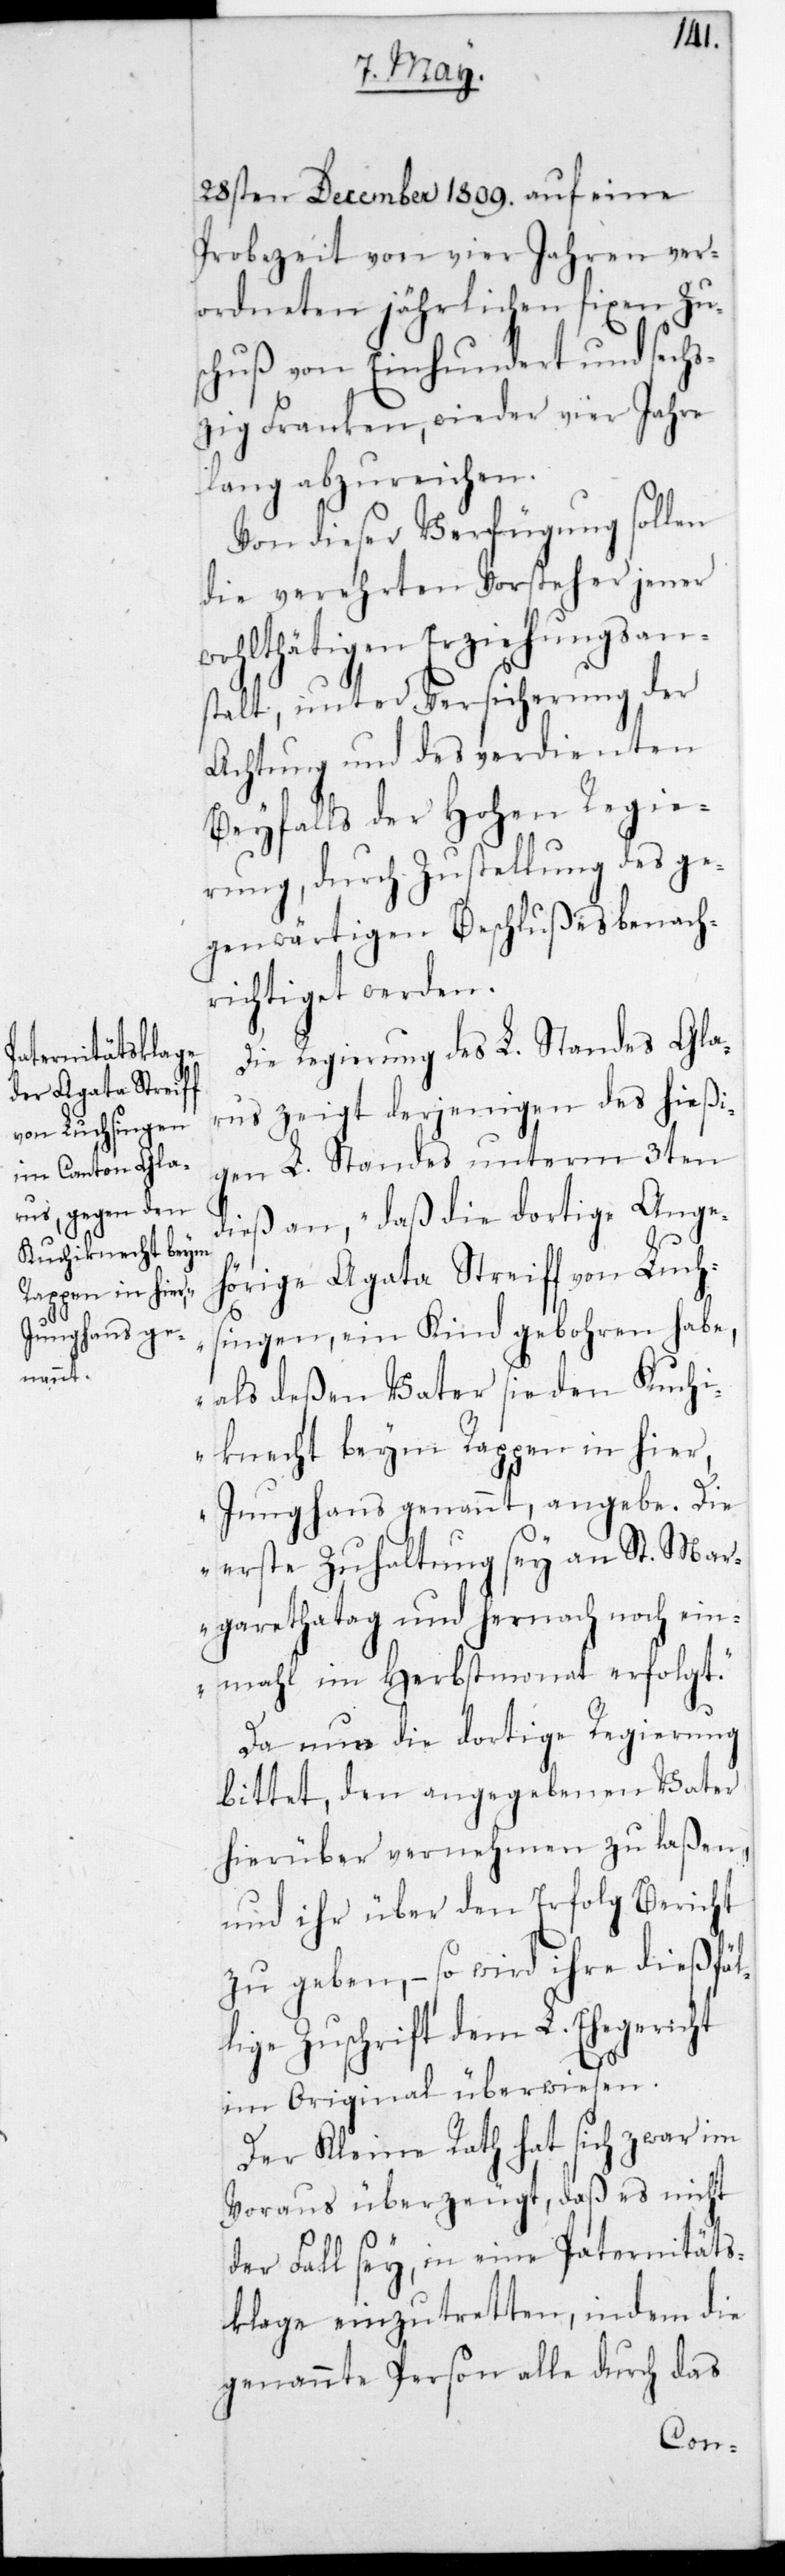
28sten December 1809. auf eine
Probezeit von vier Jahren ver¬
ordneten jährlichen fixen Zu¬
schuß von Einhundert und sech¬
zig Franken, wieder vier Jahre
lang abzureichen.
Von dieser Verfügung sollen
die verehrten Vorsteher jener
wohlthätigen Erziehungsan¬
stalt unter Versicherung der
Achtung und des verdienten
Beyfalls der Hohen Regie¬
rung, durch Zustellung des ge¬
genwärtigen Beschlußes benach¬
richtiget werden.
Die Regierung des L. Standes Gla¬
rus zeigt derjenigen des hießi¬
gen L. Standes unterm 3ten
dieß an, „Daß die dortige Ange¬
hörige Agatha Streiff von Luch¬
singen, ein Kind gebohren habe,
als deßen Vater sie den Kuchi¬
knecht beym Rappen in hier,
Junghans genannt, angebe. Die
erste Zuhaltung sey an St. Mar¬
garethatag und hernach noch ein¬
mahl im Herbstmonat erfolgt.“
Da nun die dortige Regierung
bittet, den angegeben Vater
hierüber vernehmen zu laßen,
und ihr über den Erfolg Bericht
zu geben, – so wird ihre dießfäl¬
lige Zuschrift dem L. Ehegericht
im Original überwiesen.
Der Kleine Rath hat sich zwar im
Voraus überzeugt, daß es nicht
der Fall sey, in eine Paternitäts¬
klage einzutretten, indem die
genannte Person alle durch das